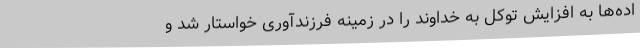
اده‌ها به افزایش توکل به خداوند را در زمینه فرزندآوری خواستار شد و